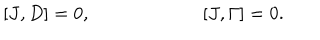
[ J , D ] = 0 , \qquad \qquad \qquad [ J , \Gamma ] = 0 .